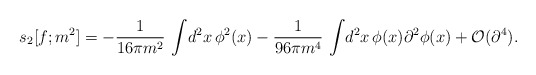
\begin{align*}s_{2}[f;m^{2}]=-{1\over 16\pi m^{2}}\,\int\! d^{2}x\,\phi ^{2}(x) -{1\over 96\pi m^{4}}\,\int\! d^{2}x\, \phi(x)\partial^{2}\phi(x) +{\cal O}(\partial ^{4}).\end{align*}